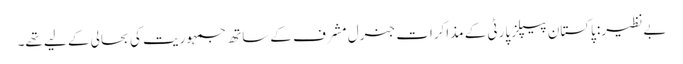
بےنظیر: پاکستان پیپلز پارٹی کے مذاکرات جنرل مشرف کے ساتھ جمہوریت کی بحالی کے لیے تھے۔